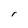
Character: r